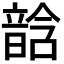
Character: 𩐧